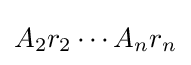
A_{2}r_{2}\cdots A_{n}r_{n}